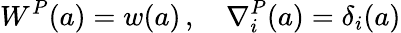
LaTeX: W^{P}(a)=w(a)\, ,\quad\nabla_{i}^{P}(a)=\delta_{i}(a)